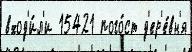
вход'и́л'и 15421 пого́ст д'ер'е́вн'я